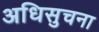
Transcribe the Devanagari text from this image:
अधिसुचना